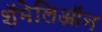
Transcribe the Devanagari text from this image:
शॅमेलिऑन